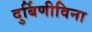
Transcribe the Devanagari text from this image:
दुर्बिणीविना